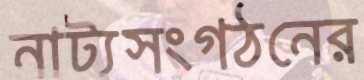
নাট্যসংগঠনের